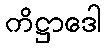
ကိဋ္ဌာဒေါ